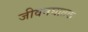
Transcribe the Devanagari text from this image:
जीवनघातक